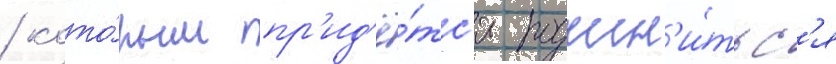
/ кото́рым пр'ид'ё́тс'я подчин'и́тьс'я